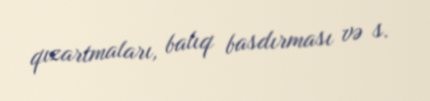
qızartmaları, balıq basdırması və s.